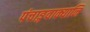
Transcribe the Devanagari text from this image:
पंचाङ्गवाक्यानि